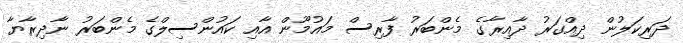
ދަރިކަލުން ދިއްގަރު ދާއިރާގެ މެންބަރު ފާރިސް މައުމޫން އާއި ކައުންސިލްގެ މެންބަރު ނާދިރާޔާ